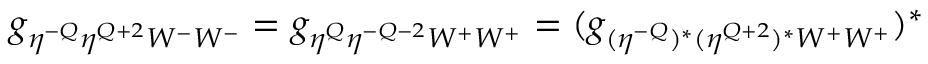
g _ { \eta ^ { - Q } \eta ^ { Q + 2 } W ^ { - } W ^ { - } } = g _ { \eta ^ { Q } \eta ^ { - Q - 2 } W ^ { + } W ^ { + } } = ( g _ { ( \eta ^ { - Q } ) ^ { * } ( \eta ^ { Q + 2 } ) ^ { * } W ^ { + } W ^ { + } } ) ^ { * }